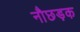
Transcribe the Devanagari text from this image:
नौछड़क